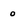
Character: o